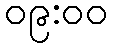
၀၉:၀၀